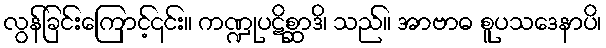
လွန်ခြင်းကြောင့်၎င်း။ ကဏ္ဍုပဋိစ္ဆာဒိ၊ သည်။ အာဗာဓ စူပသဒေနာပိ၊